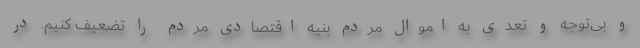
و بی‌توجه و تعدی به اموال مردم بنیه اقتصادی مردم را تضعیف کنیم. در